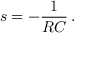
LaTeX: s = - { \frac { 1 } { R C } } \, .